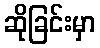
ဆိုခြင်းမှာ